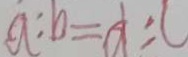
a : b = d : c